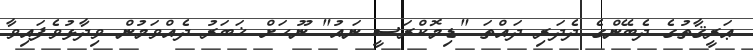
ޢަރީޤާތުގެ ދެބޭންގެ ދެދަރި ދައްތަ "ޑިމޮކްރަސީ ނައު" ނޫހަށް ޚަބަރު ދެއްވަމުން ވިދާޅުވެފައިވާ